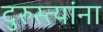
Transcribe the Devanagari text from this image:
दुरुस्त्यांना